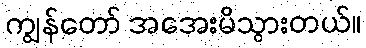
ကျွန်တော် အအေးမိသွားတယ်။